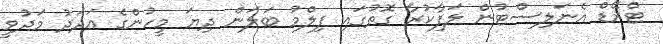
ޓްރޭޑް އެނަލިސްޓުން ލަފާކުރާ ގޮތުގައި ފިލްމު ބަލަން ދިޔަ މީހުންގެ އަދަދު މަދުވީ